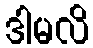
ဒါမလိ